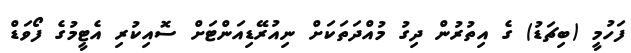
ފަހުމީ (ބިޗަޑު) ގެ އިތުރުން ދިގު މުއްދަތަކަށް ނިއުރޭޑިއަންޓަށް ސޮއިކުރި އެޓީމުގެ ފޯވަޑް